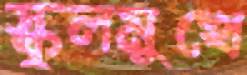
স্কুলমুখে